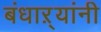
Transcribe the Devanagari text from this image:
बंधाऱ्यांनी